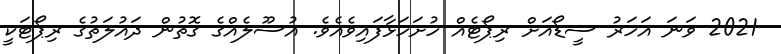
2021 ވަނަ އަހަރު ސީޑޯއަށް ރިޕޯޓެއް ހުށަހަޅާފައިވެއެވެ. އުސޫލެއްގެ ގޮތުން ދައުލަތުގެ ރިޕޯޓަކީ